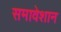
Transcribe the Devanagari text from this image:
समावेशान